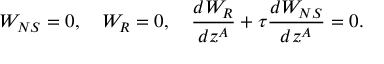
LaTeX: W _ { N S } = 0 , \quad W _ { R } = 0 , \quad { \frac { d W _ { R } } { d z ^ { A } } } + \tau { \frac { d W _ { N S } } { d z ^ { A } } } = 0 .